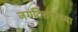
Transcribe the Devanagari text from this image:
जगदिशपूरच्या